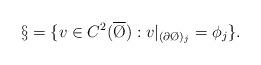
LaTeX: \begin{align*}\S = \{ v \in C^{2}(\overline\O ) : v|_{(\partial \O)_{j} } = \phi_{j} \}.\end{align*}